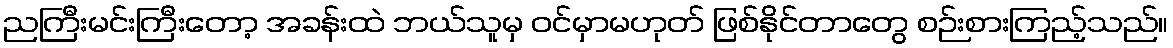
ညကြီးမင်းကြီးတော့ အခန်းထဲ ဘယ်သူမှ ဝင်မှာမဟုတ် ဖြစ်နိုင်တာတွေ စဉ်းစားကြည့်သည်။